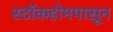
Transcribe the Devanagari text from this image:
स्टॉकहोमपासून